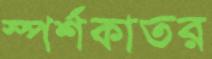
স্পর্শকাতর